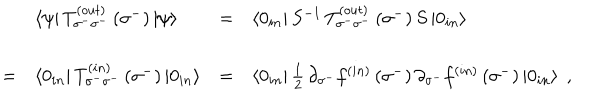
LaTeX: \begin{array} { l l l l } { { \ } } & { { \left< \psi \right| T _ { \sigma ^ { - } \sigma ^ { - } } ^ { \left( o u t \right) } \left( \sigma ^ { - } \right) \left| \psi \right> } } & { { = } } & { { \left< 0 _ { i n } \right| S ^ { - 1 } \, T _ { \sigma ^ { - } \sigma ^ { - } } ^ { \left( o u t \right) } \left( \sigma ^ { - } \right) S \left| 0 _ { i n } \right> } } \\ { { = } } & { { \left< 0 _ { i n } \right| T _ { \sigma ^ { - } \sigma ^ { - } } ^ { \left( i n \right) } \left( \sigma ^ { - } \right) \left| 0 _ { i n } \right> } } & { { = } } & { { \left< 0 _ { i n } \right| { \frac { 1 } { 2 } } \, \partial _ { \sigma ^ { - } } f ^ { \left( i n \right) } \left( \sigma ^ { - } \right) \partial _ { \sigma ^ { - } } f ^ { \left( i n \right) } \left( \sigma ^ { - } \right) \left| 0 _ { i n } \right> \; , } } \\ \end{array}